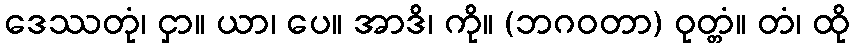
ဒေဿတုံ၊ ငှာ။ ယာ၊ ပေ။ အာဒိ၊ ကို။ (ဘဂဝတာ) ဝုတ္တံ။ တံ၊ ထို